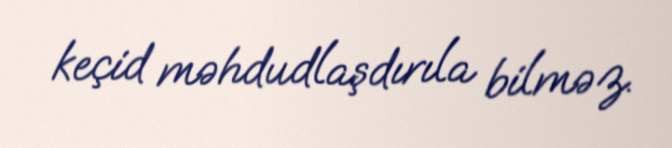
keçid məhdudlaşdırıla bilməz.